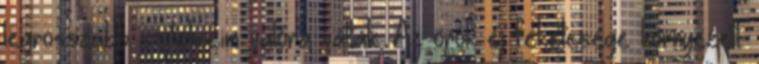
legrosszabb sejtelmeim valóra váltak. Az örök éj feketesége környezett.